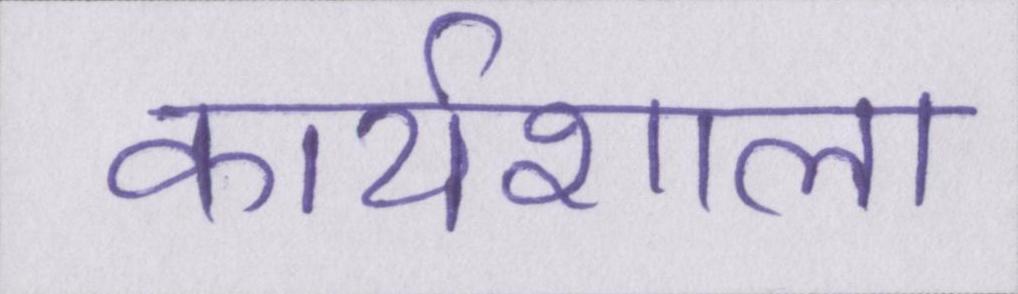
कार्यशाला